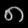
Digit: ၈